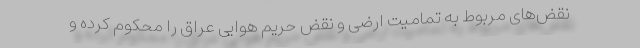
نقض‌های مربوط به تمامیت ارضی و نقض حریم هوایی عراق را محکوم کرده و